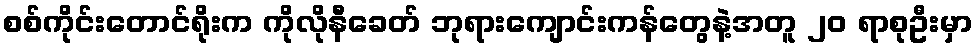
စစ်ကိုင်းတောင်ရိုးက ကိုလိုနီခေတ် ဘုရားကျောင်းကန်တွေနဲ့အတူ ၂၀ ရာစုဦးမှာ